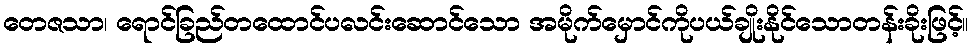
တေဇသာ၊ ရောင်ခြည်တထောင်ပလင်းဆောင်သော အမိုက်မှောင်ကိုပယ်ချိုးနိုင်သောတန်းခိုးဖြင့်။